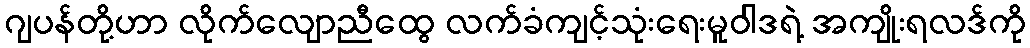
ဂျပန်တို့ဟာ လိုက်လျောညီထွေ လက်ခံကျင့်သုံးရေးမူဝါဒရဲ့ အကျိုးရလဒ်ကို